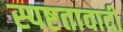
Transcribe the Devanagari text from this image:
स्पष्टतावादी